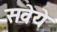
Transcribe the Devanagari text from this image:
सवेये